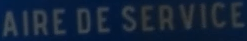
AIRE DE SERVICE